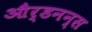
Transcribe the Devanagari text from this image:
और्डनन्स